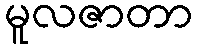
မူလဇာတာ